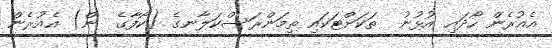
އެއުރެން ހޯދައި އުޅުނު  ތަކަށްޓަކައި ތިމަންރަސްކަލާނގެ (ކޯފާގެ  ން) އެއުރެން